Indian journal of veterinary science and animal husbandry - Volume 8,
Year: 1938
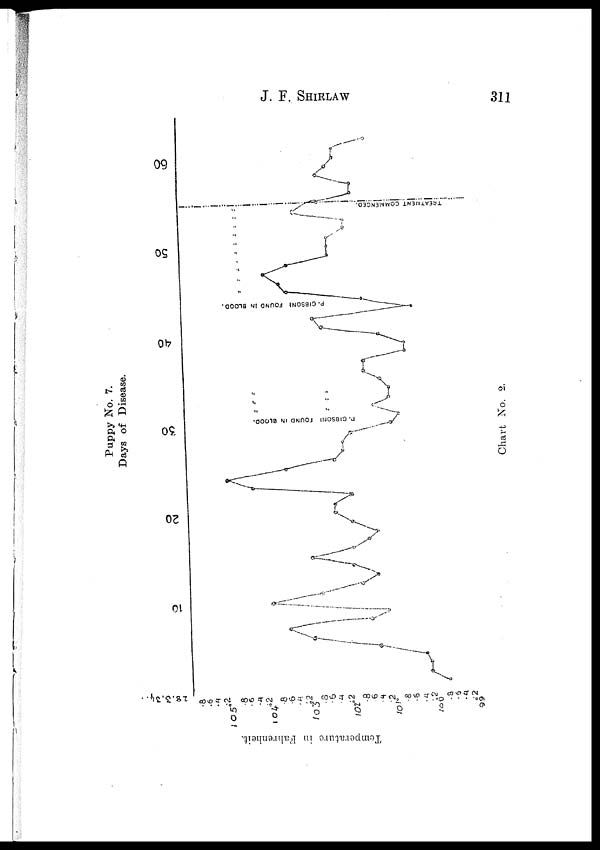
J.
F.
SHIRLAW
311
Puppy No. 7.
Days of Disease.
Chart No. 2.
Temperature in Fahrenheit.